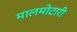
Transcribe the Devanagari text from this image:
मालमोटारी